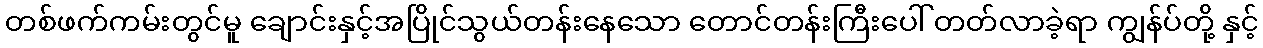
တစ်ဖက်ကမ်းတွင်မူ ချောင်းနှင့်အပြိုင်သွယ်တန်းနေသော တောင်တန်းကြီးပေါ် တတ်လာခဲ့ရာ ကျွန်ပ်တို့ နှင့်